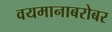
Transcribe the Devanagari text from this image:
वयमानाबरोबर